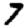
Digit: 7